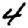
Digit: 4